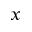
_ { x }